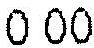
0.00